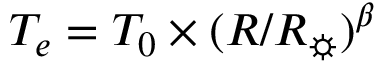
T _ { e } = T _ { 0 } \times ( R / { R _ { \sun } } ) ^ { \beta }